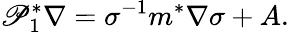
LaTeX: \mathscr{P}_{1}^{*}\nabla=\sigma^{-1}m^{*}\nabla\sigma+A.